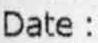
DATE: